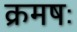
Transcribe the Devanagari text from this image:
क्रमषः